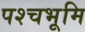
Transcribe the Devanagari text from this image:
पश्चभूमि